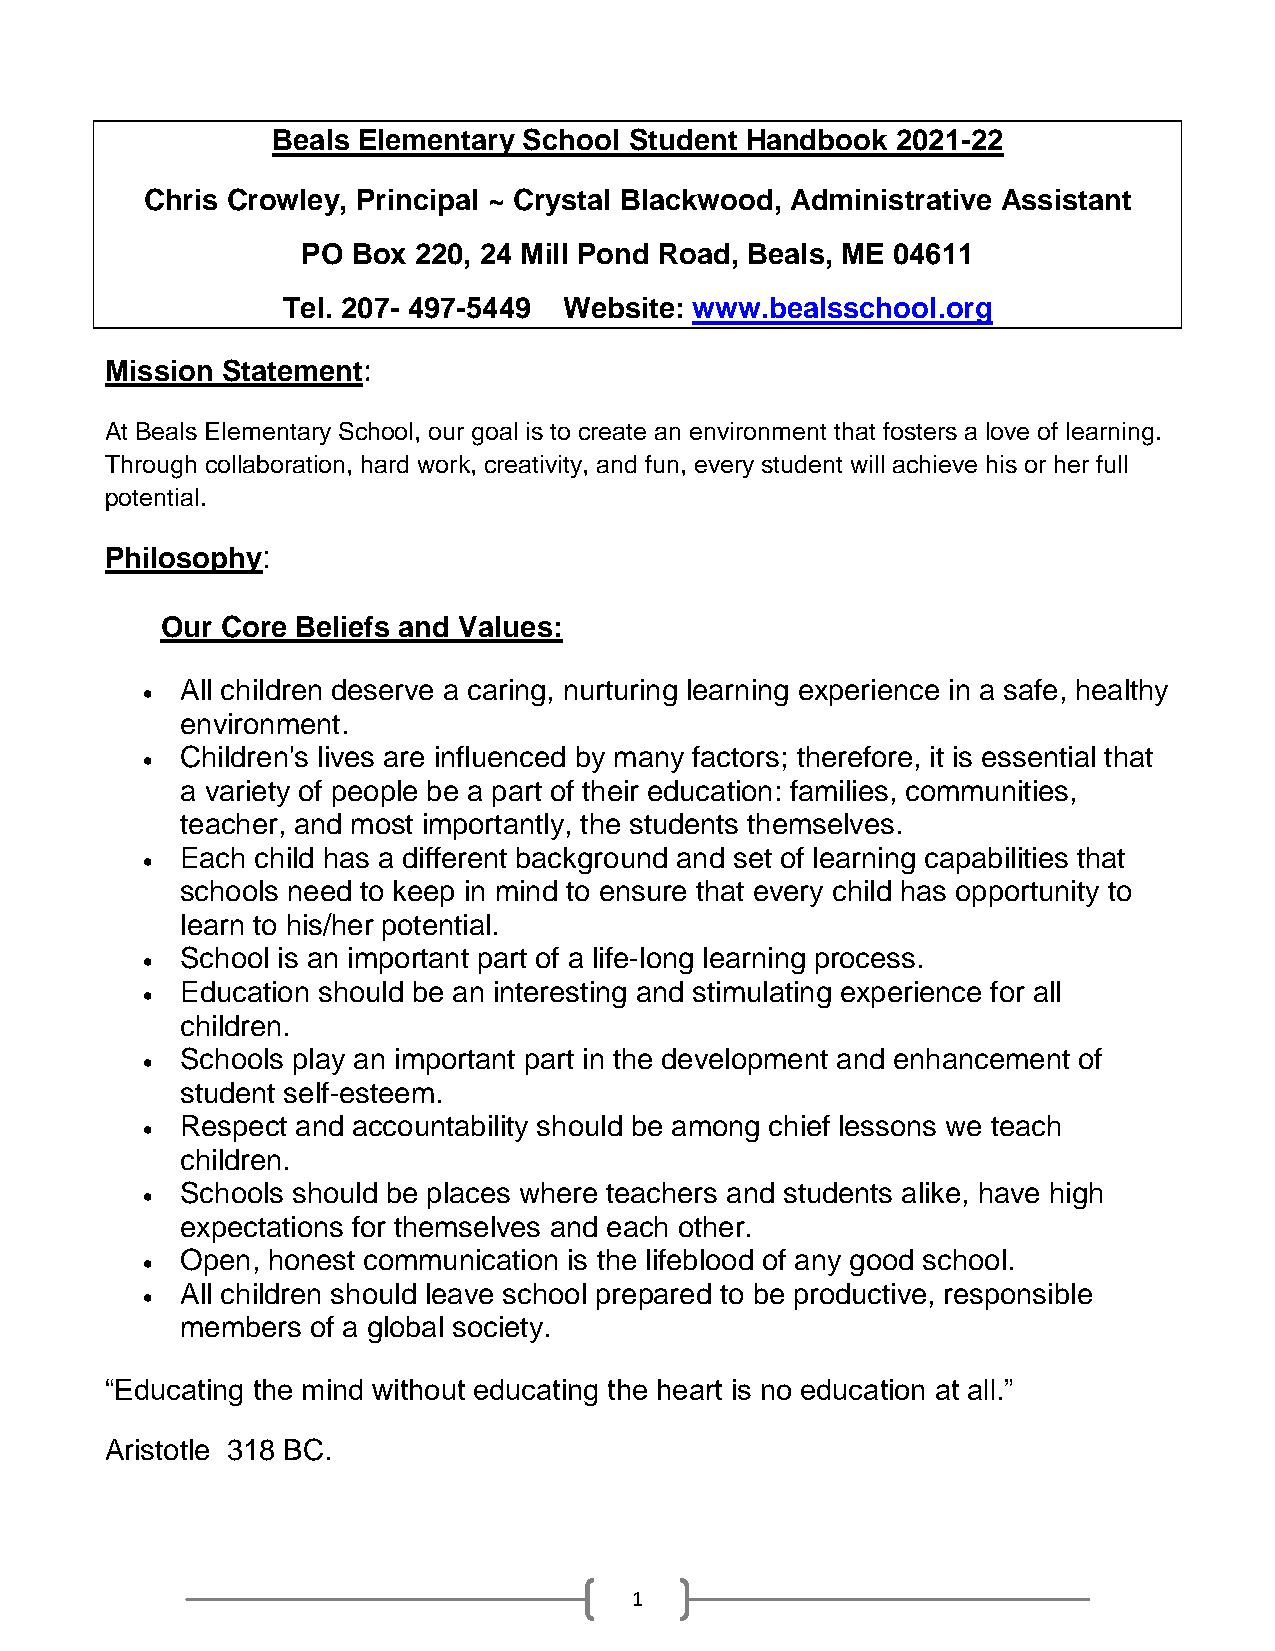
Beals Elementary School Student Handbook 2021-22
 Chris Crowley, Principal ~ Crystal Blackwood, Administrative Assistant
 PO Box 220, 24 Mill Pond Road, Beals, ME 04611
 Tel. 207- 497-5449 Website: www.bealsschool.org
 Mission Statement:
 At Beals Elementary School, our goal is to create an environment that fosters a love of learning.
 Through collaboration, hard work, creativity, and fun, every student will achieve his or her full
 potential.
 Philosophy:
 Our Core Beliefs and Values:
 All children deserve a caring, nurturing learning experience in a safe, healthy
 
 environment.
 Children's lives are influenced by many factors; therefore, it is essential that
 
 a variety of people be a part of their education: families, communities,
 teacher, and most importantly, the students themselves.
 Each child has a different background and set of learning capabilities that
 
 schools need to keep in mind to ensure that every child has opportunity to
 learn to his/her potential.
 School is an important part of a life-long learning process.
 
 Education should be an interesting and stimulating experience for all
 
 children.
 Schools play an important part in the development and enhancement of
 
 student self-esteem.
 Respect and accountability should be among chief lessons we teach
 
 children.
 Schools should be places where teachers and students alike, have high
 
 expectations for themselves and each other.
 Open, honest communication is the lifeblood of any good school.
 
 All children should leave school prepared to be productive, responsible
 
 members  of a global society.
 “Educating the mind without educating the heart is no education at all.”
 Aristotle 318 BC.
 1